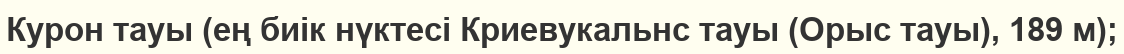
Курон тауы (ең биік нүктесі Криевукальнс тауы (Орыс тауы), 189 м);